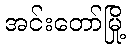
အင်းတော်မြို့